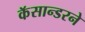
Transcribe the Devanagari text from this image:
कॅसान्डरने